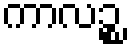
ကာလဉ္စ